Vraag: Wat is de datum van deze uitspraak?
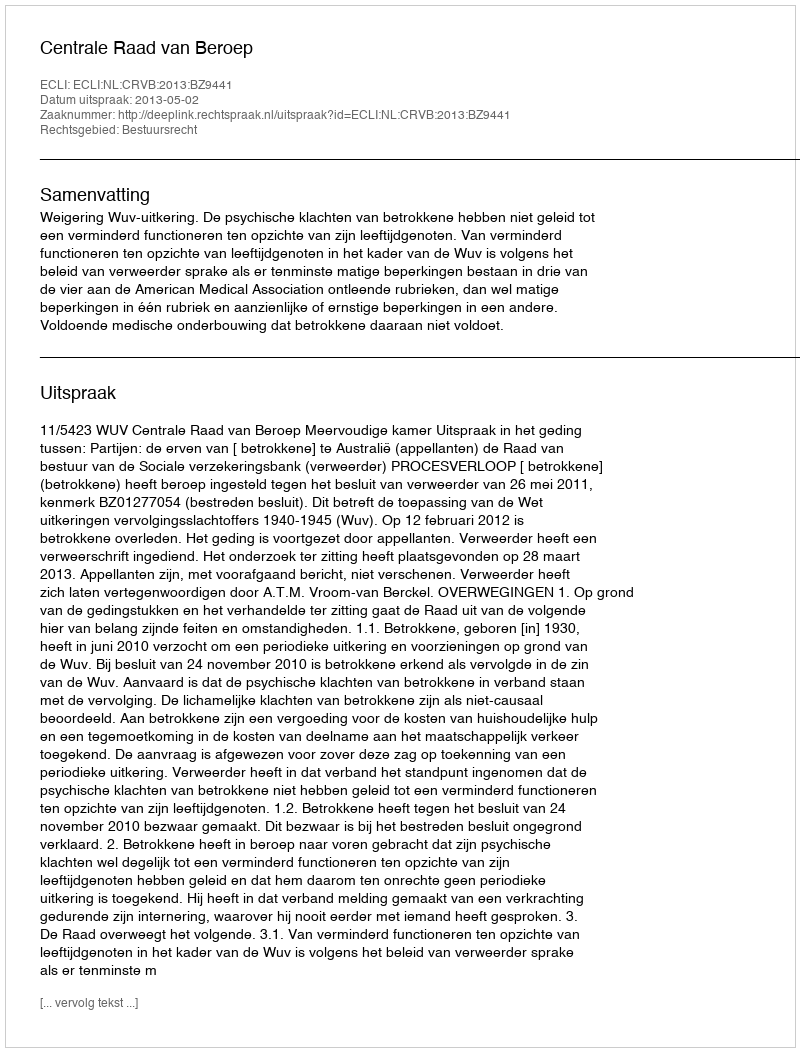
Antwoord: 2013-05-02